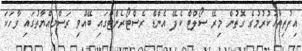
އިފުތިތާހުކުރުމުގެ ގޮތުން މިރޭ ސޯލްޓް ކެފޭ އެންޑް ރެސްޓޯރެންޓްގައި ބޭއްވި ރަސްމިއްޔާތުގައި ވާހަކަ